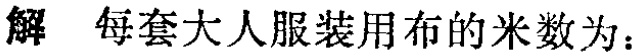
解 每套大人服装用布的米数为：